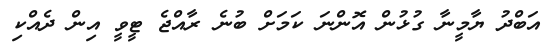
އަބްދު ޔާމީނާ ގުޅުން އޮންނަ ކަމަށް ބުނެ ރާއްޖެ ޓީވީ އިން ދެއްކި